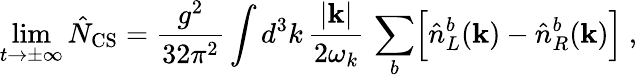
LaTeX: \operatorname*{lim}_{t\rightarrow\pm\infty}\hat{N}_{\mathrm{CS}}=\frac{g^{2}}{32\pi^{2}}\int d^{3}k\, \frac{|{\mathbf k}|}{2\omega_{k}}\, \sum_{b}\Bigl[\hat{n}_{L}^{b}({\mathbf k})-\hat{n}_{R}^{b}({\mathbf k})\Bigr]\ ,